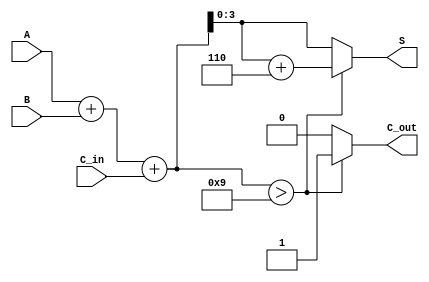
module BCD_Adder (
    input  wire [3:0] A,      // First BCD digit
    input  wire [3:0] B,      // Second BCD digit
    input  wire C_in,         // Carry-in
    output reg  [3:0] S,      // BCD sum output
    output reg  C_out         // Carry-out
);

    // Internal wire for binary sum
    wire [4:0] binary_sum;     // 5 bits to accommodate carry
    wire correction_needed;     // Flag for correction
    wire [4:0] corrected_sum;   // Sum after correction

    // Perform binary addition
    assign binary_sum = A + B + C_in;

    // Determine if correction is needed (binary_sum > 9)
    assign correction_needed = binary_sum > 4'b1001;

    // Calculate the corrected sum
    assign corrected_sum = binary_sum + 5'b00110; // Add 6 (0110 in binary)

    // Output logic
    always @(*) begin
        if (correction_needed) begin
            S = corrected_sum[3:0]; // Take the lower 4 bits
            C_out = 1;               // Set carry-out
        end else begin
            S = binary_sum[3:0];     // Take the lower 4 bits
            C_out = 0;               // No carry-out
        end
    end

endmodule